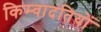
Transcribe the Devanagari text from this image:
किम्वादंतियों